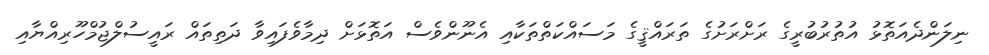
ނިލަންދެއަތޮޅު އުތުރުބުރީގެ ރަށްރަށުގެ ތަރައްޤީގެ މަސައްކަތްތަކާއި އެނޫންވެސް އަތޮޅަށް ދިމާވެފައިވާ ދަތިތައް ރައީސުލްޖުމްހޫރިއްޔާއި